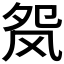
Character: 𬱺